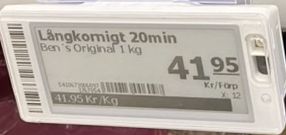
Vara: Långkomigt 20min
Genomsnittspris: 41.95 per kg